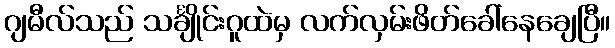
ဂျမီလ်သည် သင်္ချိုင်းဂူထဲမှ လက်လှမ်းဖိတ်ခေါ်နေချေပြီ။